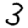
Digit: 3